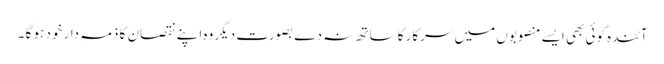
آئندہ کوئی بھی ایسے منصوبوں میں سرکار کا ساتھ نہ دے بصورت دیگر وہ اپنے نقصان کا ذمہ دار خود ہو گا ۔